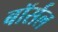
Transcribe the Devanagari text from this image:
बॉर्सल